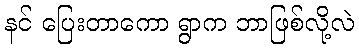
နင် ပြေးတာကော ရွာက ဘာဖြစ်လို့လဲ